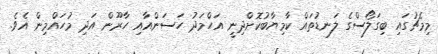
މިމެޗުގައި ބިގަލޯސްގެ ލަނޑުތައް ކާމިޔާބުކޮށްދިނީ އަހްމަދު ހަސަންއާއި ހާރޫން އަދި މުހައްމިން އެވެ.